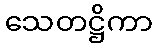
သေတဋ္ဌိကာ